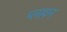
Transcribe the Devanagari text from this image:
प्‍लावन